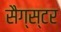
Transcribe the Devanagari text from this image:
सैग्स्टर